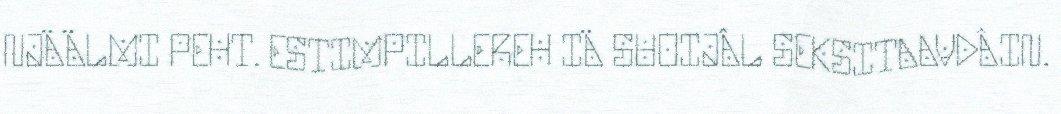
NJÄÄLMI PEHT. ESTIMPILLEREH IÄ SUOIJÂL SEKSITAAVDÂIN.